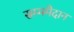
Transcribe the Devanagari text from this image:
सम्ममैदान